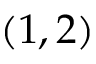
( 1 , 2 )